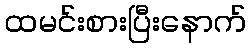
ထမင်းစားပြီးနောက်